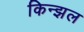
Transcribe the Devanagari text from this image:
किन्झल